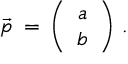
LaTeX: \vec { p } \: = \: \left( \begin{array} { c c } { { a } } \\ { { b } } \end{array} \right) \, .